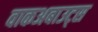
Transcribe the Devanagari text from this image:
वाकअबाउट्स